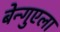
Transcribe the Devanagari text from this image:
बेन्गुएला